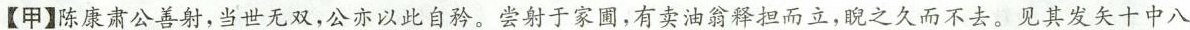
【甲】陈康肃公善射，当世无双，公亦以此自矜。尝射于家圃，有卖油翁释担而立，睨之久而不去。见其发矢十中八